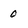
Character: 0